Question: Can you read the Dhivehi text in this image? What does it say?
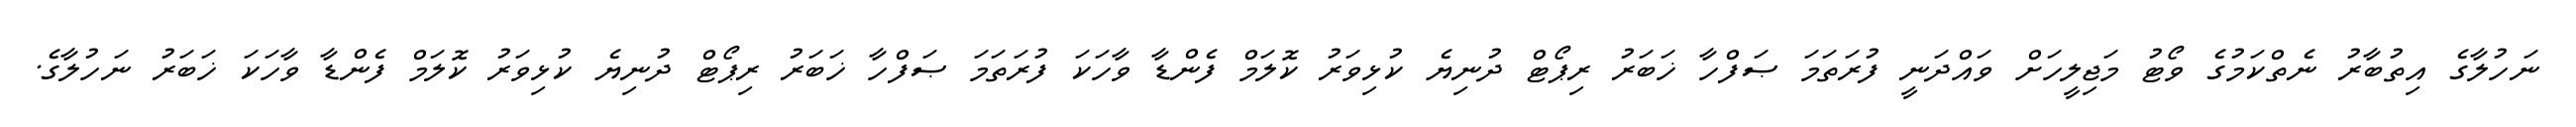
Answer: ނަހުލާގެ އިތުބާރު ނެތްކަމުގެ ވޯޓު މަޖިލީހަށް ވައްދަނީ ފުރަތަމަ ޞަފްހާ ޚަބަރު ރިޕޯޓް ދުނިޔެ ކުޅިވަރު ކޮލަމް ފެންޑާ ވާހަކަ ފުރަތަމަ ޞަފްހާ ޚަބަރު ރިޕޯޓް ދުނިޔެ ކުޅިވަރު ކޮލަމް ފެންޑާ ވާހަކަ ޚަބަރު ނަހުލާގެ.